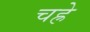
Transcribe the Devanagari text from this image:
चह्रे